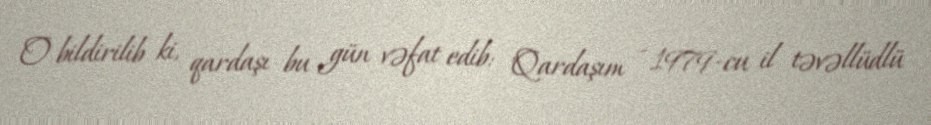
O bildirilib ki, qardaşı bu gün vəfat edib: "Qardaşım - 1979-cu il təvəllüdlü